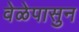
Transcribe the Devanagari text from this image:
वेळेपासुन